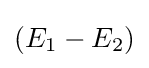
\textstyle (E_{1}-E_{2})